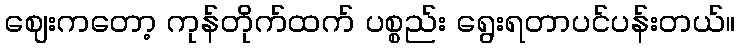
ဈေးကတော့ ကုန်တိုက်ထက် ပစ္စည်း ရွေးရတာပင်ပန်းတယ်။